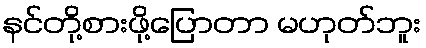
နင်တို့စားဖို့ပြောတာ မဟုတ်ဘူး